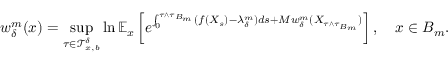
w _ { \delta } ^ { m } ( x ) = \operatorname* { s u p } _ { \tau \in \mathcal { T } _ { x , b } ^ { \delta } } \ln \mathbb { E } _ { x } \left[ e ^ { \int _ { 0 } ^ { \tau \wedge \tau _ { B _ { m } } } ( f ( X _ { s } ) - \lambda _ { \delta } ^ { m } ) d s + M w _ { \delta } ^ { m } ( X _ { \tau \wedge \tau _ { B _ { m } } } ) } \right] , \quad x \in B _ { m } .